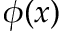
\phi ( x )